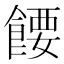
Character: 𬲘